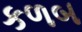
કળબ